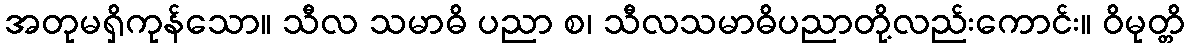
အတုမရှိကုန်သော။ သီလ သမာဓိ ပညာ စ၊ သီလသမာဓိပညာတို့လည်းကောင်း။ ဝိမုတ္တိ